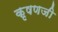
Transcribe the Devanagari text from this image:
कृषणजी